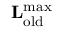
\mathbf { L } _ { \mathrm { o l d } } ^ { \mathrm { m a x } }